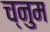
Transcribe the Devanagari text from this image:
च्नुम